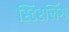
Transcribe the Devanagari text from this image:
स्टिरलिंग